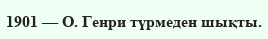
1901 — О. Генри түрмеден шықты.